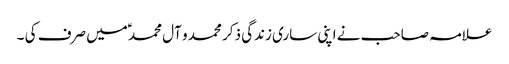
علامہ صاحب نے اپنی ساری زندگی ذکر محمد و آل محمد ؑمیں صرف کی ۔